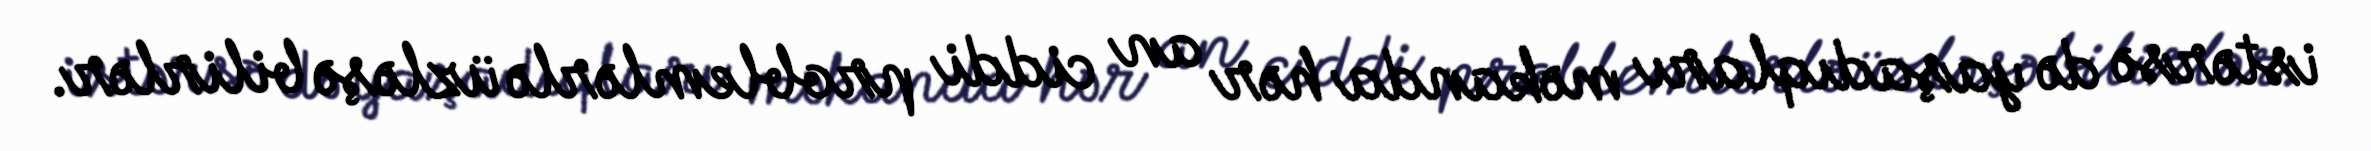
istərsə də yaşadıqları məkanda hər an ciddi problemlərlə üzləşə bilirlər.